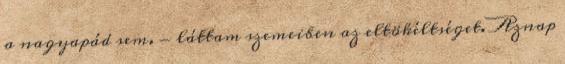
a nagyapád sem. - láttam szemeiben az eltökéltséget. Aznap